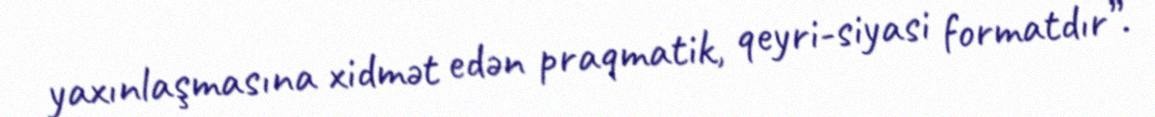
yaxınlaşmasına xidmət edən praqmatik, qeyri-siyasi formatdır”.